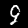
Digit: 9